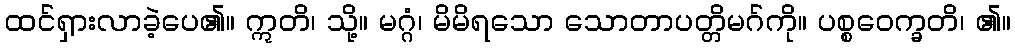
ထင်ရှားလာခဲ့ပေ၏။ ဣတိ၊ သို့။ မဂ္ဂံ၊ မိမိရသော သောတာပတ္တိမဂ်ကို။ ပစ္စဝေက္ခတိ၊ ၏။